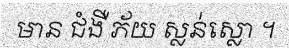
មាន ជំងឺ ភ័យ ស្លន់ស្លោ ។